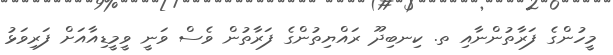
މީހުންގެ ފަރާތުންނާއި ތ. ކިނބިދޫ ރައްޔިތުންގެ ފަރާތުން ވެސް ވަނީ ވީމީޑިއާއަށް ފަރިވަޅު